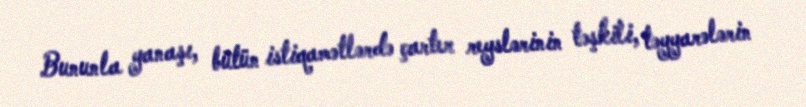
Bununla yanaşı, bütün istiqamətlərdə çarter reyslərinin təşkili, təyyarələrin